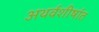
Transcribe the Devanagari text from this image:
अथर्वशीर्षात